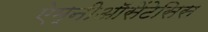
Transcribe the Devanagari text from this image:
ऐम्नीऑसेंटेसिस